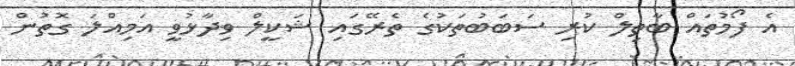
އެ ފޯމުތައް ބާތިލް ކުރި ސަބަބުތަކުގެ ތެރޭގައި ޝަކީލް ވިދާޅުވީ އަމިއްލަ ގޮތުން